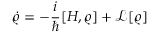
\dot { \varrho } = - \frac { i } { \hbar } [ H , \varrho ] + \mathcal { L } [ \varrho ]